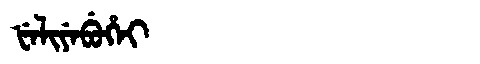
Manchu: ᡶᡝᠯᡳᠶᡝᠪᡠᡥᡝᡳ
Romanization: FELIYEBUHEI